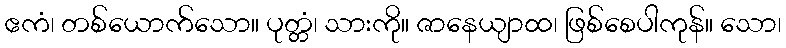
ဧကံ၊ တစ်ယောက်သော။ ပုတ္တံ၊ သားကို။ ဇာနေယျာထ၊ ဖြစ်စေပါကုန်။ သော၊